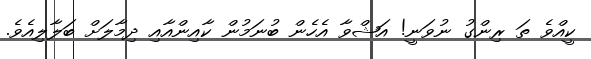
ކީއްވެ ތަ ރިންގު ނުވަނީ! އަޝްވާ އެހެން ބުނަމުން ކާއިންއާއި ދިމާލަށް ބަލާލިއެވެ.